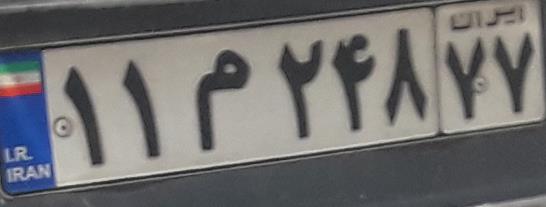
۱۱م۲۴۸۷۷